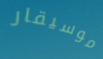
موسيقار